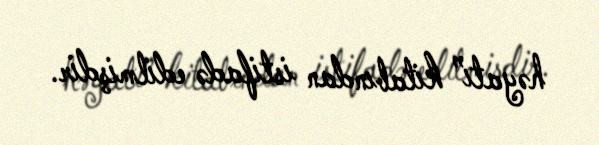
həyatı” kitabından istifadə edilmişdir.